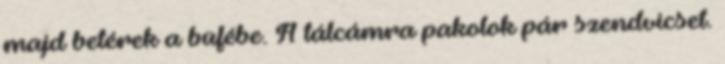
majd betérek a büfébe. A tálcámra pakolok pár szendvicset.